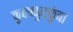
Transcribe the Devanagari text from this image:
कुक्क्कुटकुंबा